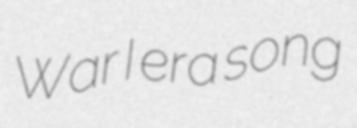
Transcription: War I era song